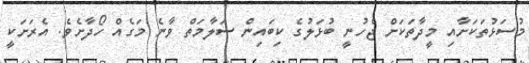
މުސަޅުތަކަށާއި މީދާތަކަށް ޖެހުނީ ބުޅަލުގެ ކިބައިން ސަލާމަތް ވާނެ މަގެއް ހޯދާށެވެ. އެރަށަކީ